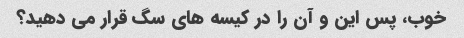
خوب، پس این و آن را در کیسه های سگ قرار می دهید؟